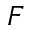
F